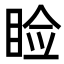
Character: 睑